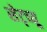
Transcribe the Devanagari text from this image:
सेट्च्यू